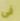
فى